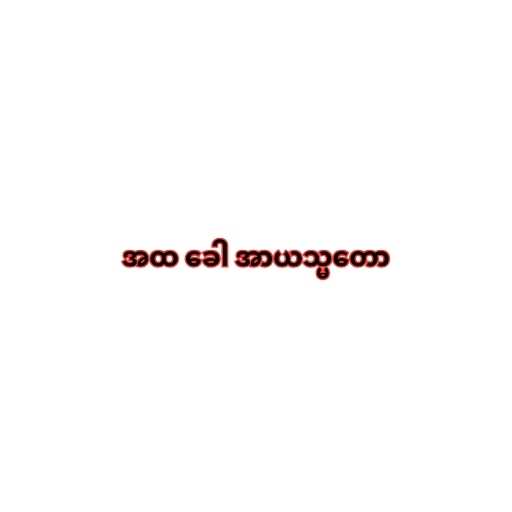
အထ ခေါ အာယသ္မတော